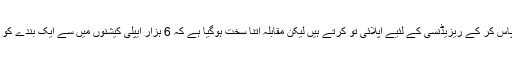
کافی سارے لوگ امتحان پاس کر کے ریزیڈنسی کے لئیے اپلائی تو کرتے ہیں لیکن مقابلہ اتنا سخت ہوگیا ہے کہ 6 ہزار ایپلی کیشنوں میں سے ایک بندے کو انٹرویو کی کال ملتی ہے۔